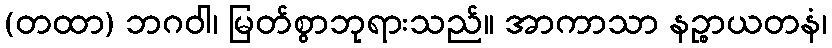
(တထာ) ဘဂဝါ၊ မြတ်စွာဘုရားသည်။ အာကာသာ နဉ္စာယတနံ၊